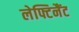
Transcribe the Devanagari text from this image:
लेफ्टिनैंट